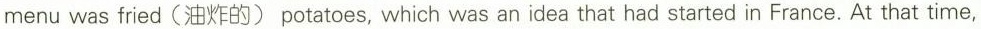
menuwas fried(油炸的) potatoes, which was an idea that had started in France. At that time,